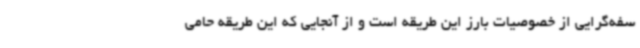
سفه‌گرایی از خصوصیات بارز این طریقه است و از آنجایی که این طریقه حامی